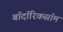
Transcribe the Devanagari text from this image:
बॉदॉरिकस्रॉम